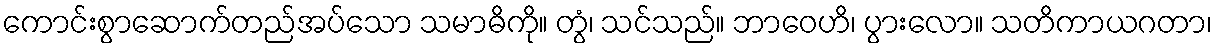
ကောင်းစွာဆောက်တည်အပ်သော သမာဓိကို။ တွံ၊ သင်သည်။ ဘာဝေဟိ၊ ပွားလော။ သတိကာယဂတာ၊